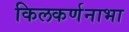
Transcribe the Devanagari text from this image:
किलकर्णनाभा